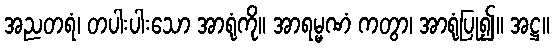
အညတရံ၊ တပါးပါးသော အာရုံကို။ အာရမ္မဏံ ကတွာ၊ အာရုံပြု၍။ အဋ္ဌ။